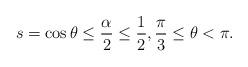
LaTeX: \begin{align*} s= \cos\theta \le \frac{\alpha}{2} \le \frac{1}{2}, \frac{\pi}{3} \le \theta < \pi. \end{align*}